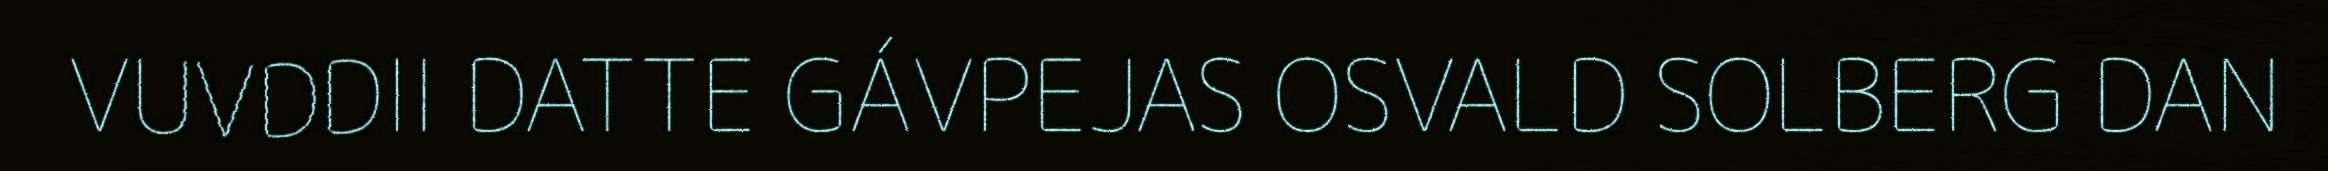
VUVDDII DATTE GÁVPEJAS OSVALD SOLBERG DAN